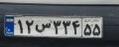
۱۲س۳۳۴۵۵